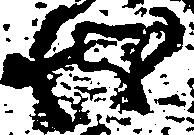
状